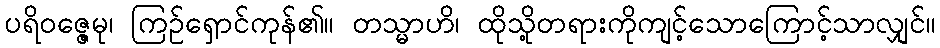
ပရိဝဇ္ဇေမု၊ ကြဉ်ရှောင်ကုန်၏။ တသ္မာဟိ၊ ထိုသို့တရားကိုကျင့်သောကြောင့်သာလျှင်။